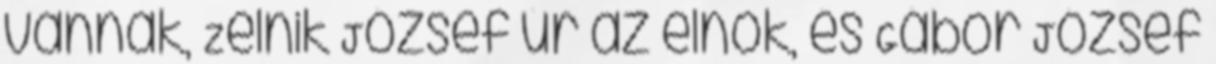
vannak, Zelnik Jó­zsef úr az elnök, és Gábor József